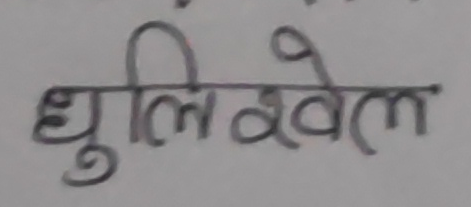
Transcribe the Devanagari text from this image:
धुलिखेल